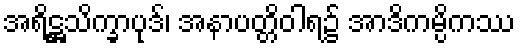
အရိဋ္ဌသိက္ခာပုဒ်၊ အနာပတ္တိဝါရ၌ အာဒိကမ္ပိကဿ